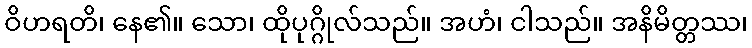
ဝိဟရတိ၊ နေ၏။ သော၊ ထိုပုဂ္ဂိုလ်သည်။ အဟံ၊ ငါသည်။ အနိမိတ္တဿ၊